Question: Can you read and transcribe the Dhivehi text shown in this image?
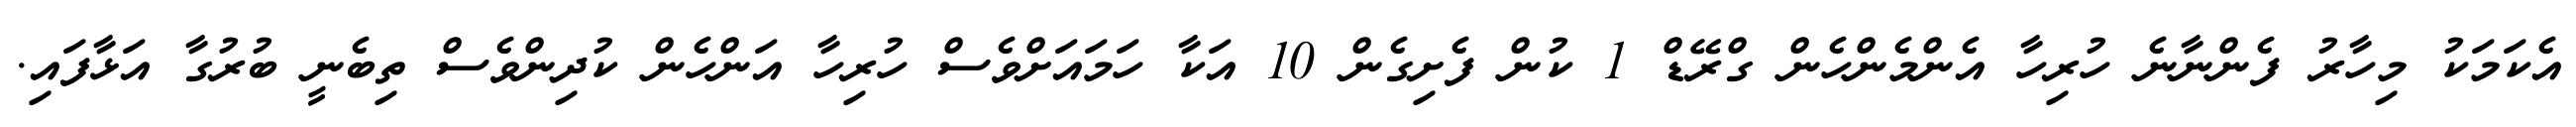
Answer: އެކަމަކު މިހާރު ފެންނާނެ ހުރިހާ އެންމެންހެން ގްރޭޑް 1 ކުން ފެށިގެން 10 އަކާ ހަމައަށްވެސް ހުރިހާ އަންހެން ކުދިންވެސް ތިބެނީ ބުރުގާ އަޅާފައި.